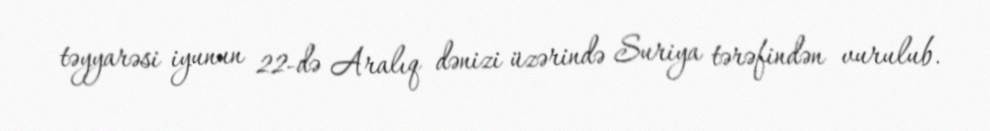
təyyarəsi iyunun 22-də Aralıq dənizi üzərində Suriya tərəfindən vurulub.